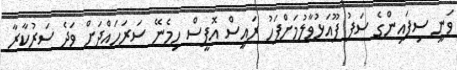
ވަނީ ސިފައިންގެ ސަފު ފޫއަޅުވާލުމަށްފަހު ރައީސް އޮފީސް ހިމެނޭ ސަރަހައްދަށް ވަދެ ސަރުކާރާ